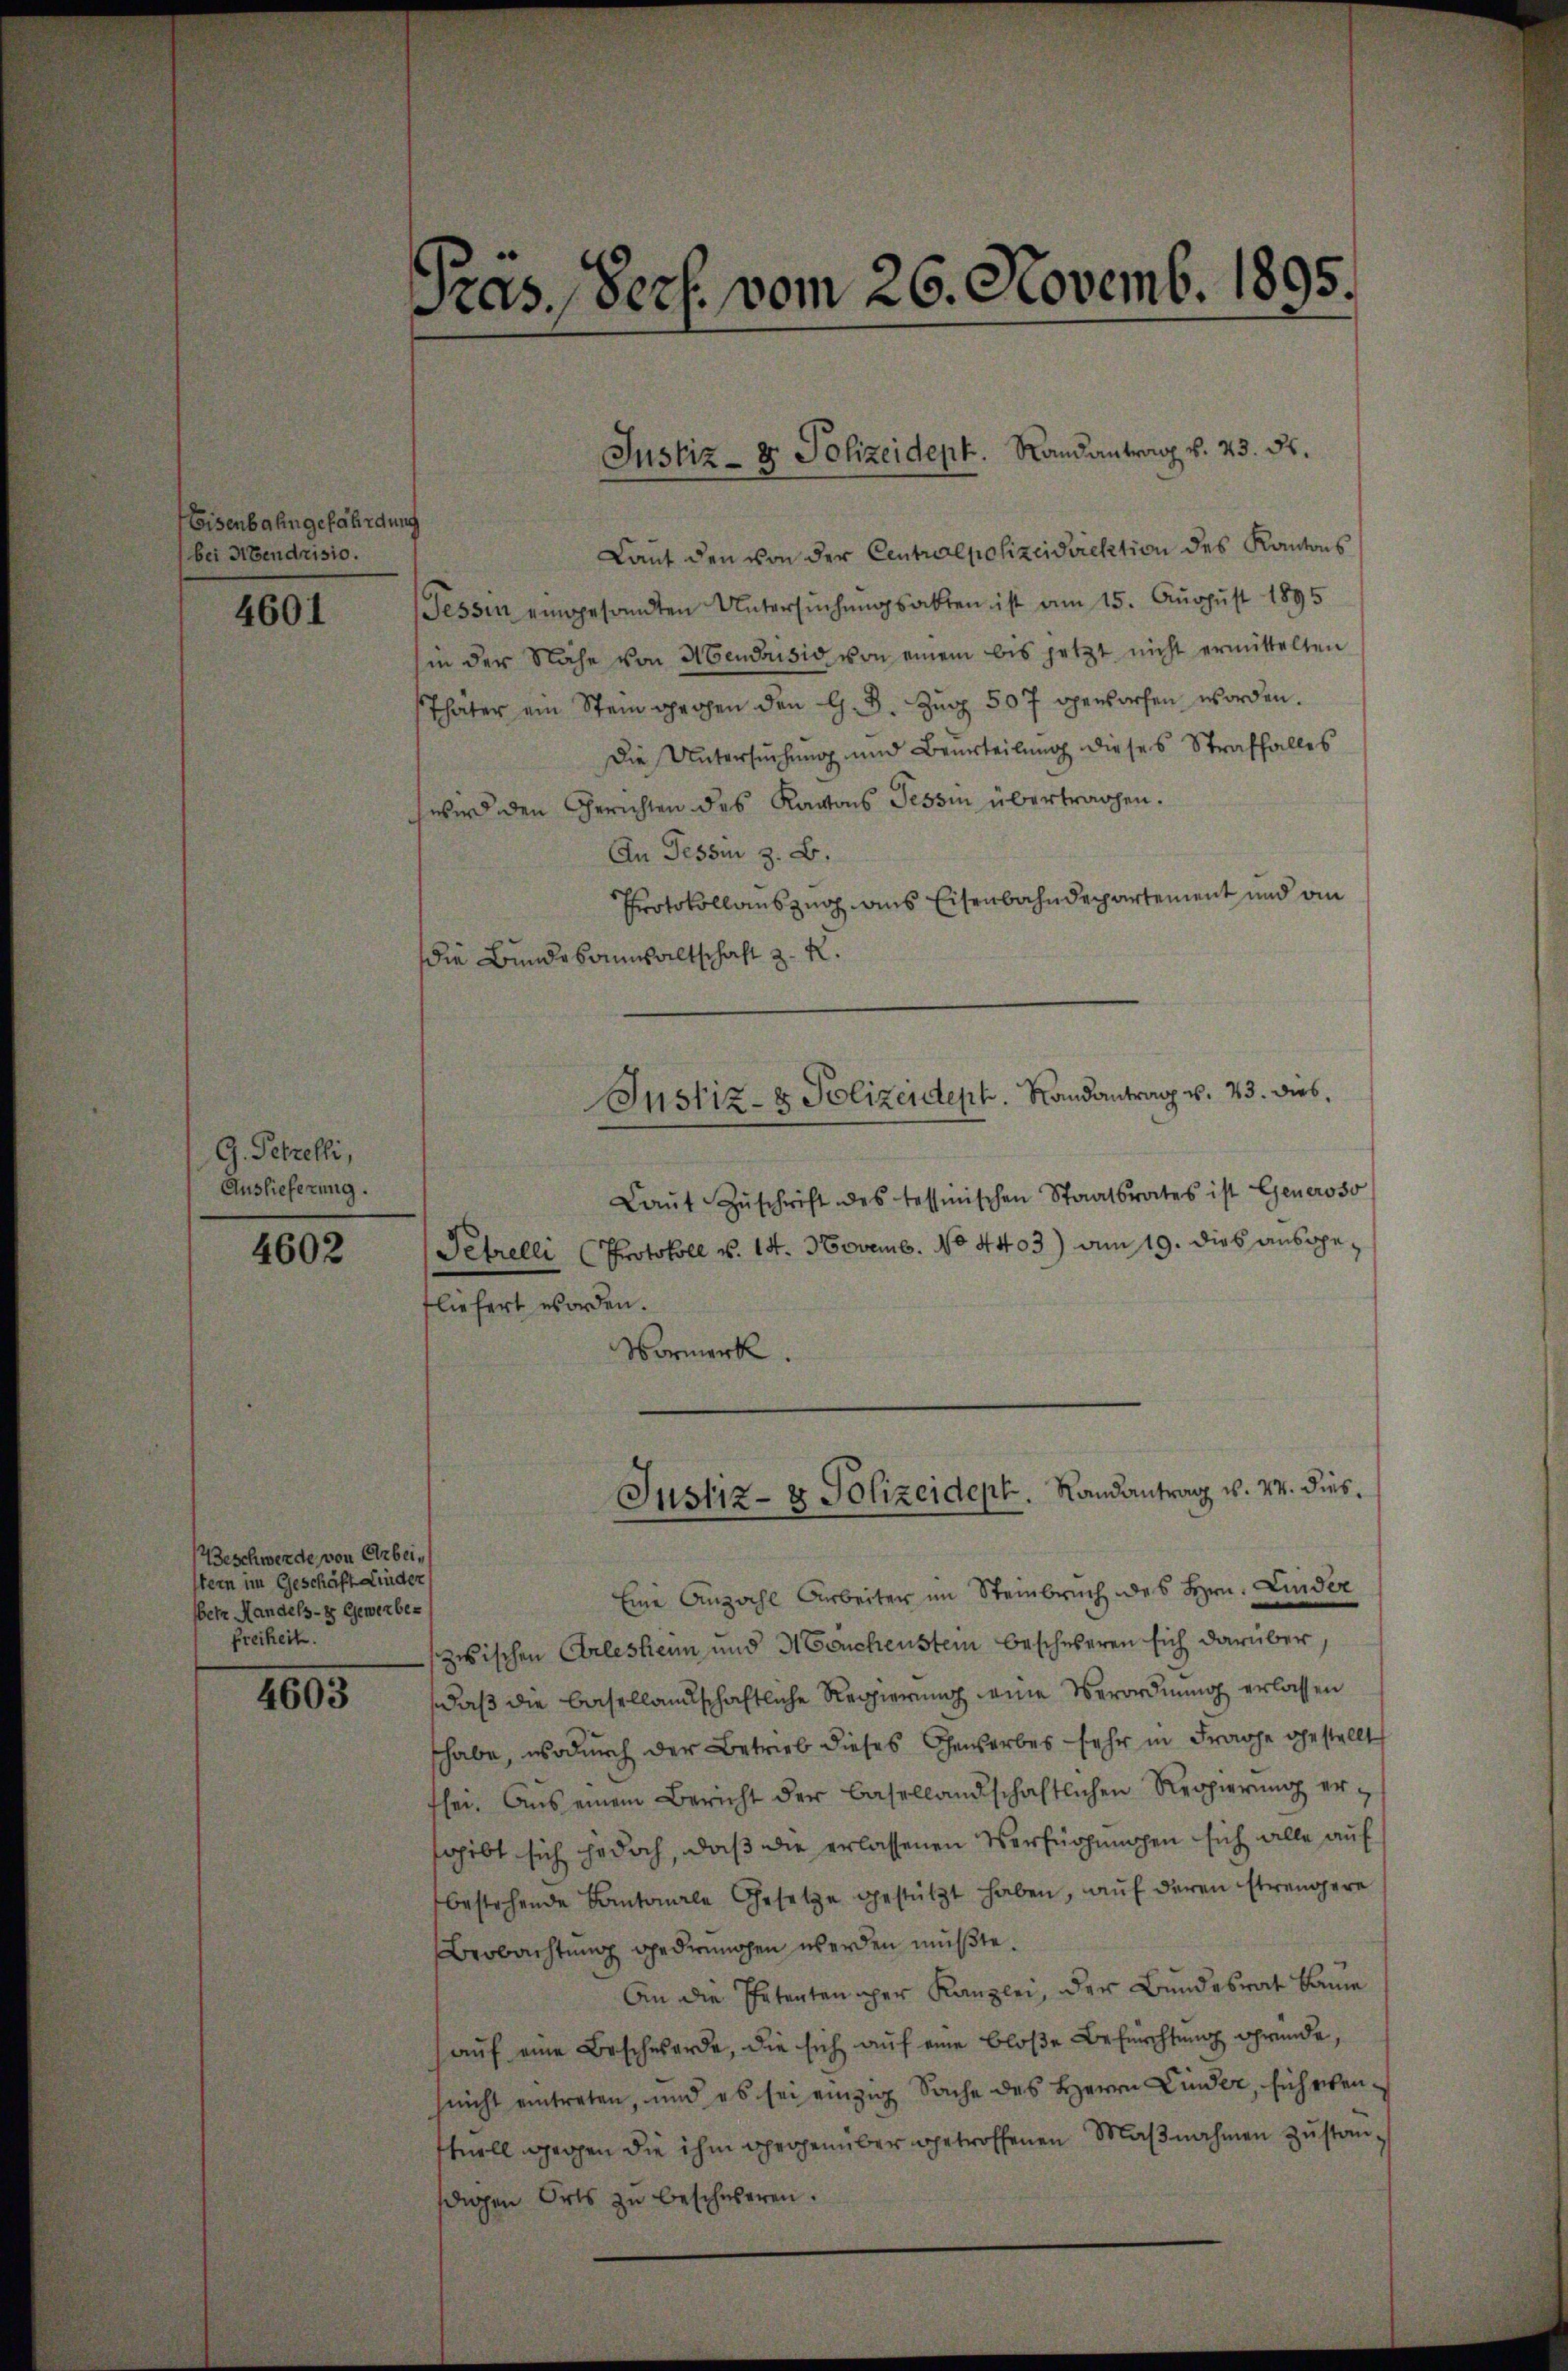
Eisenbahngefährdung
bei Abendrisio.
4601

G. Petrefli,
Auslieferung.

4602

(Beschwerde von Arbeitern im Geschäft Linder
etz Mandels- & Gewerbe-
freiheit.

4603

Pras. Pers. vom 26. Novemb. 1895.

Laut den von der Centralpolizeidirektion des Kantons
Tessin eingesandten Untersuchungsakten ist am 15. August 1895
in der Nähe von Mendrisio von einem bis jetzt nicht ermittelten
Thäter ein Stein gegen den G. B. Zug 507 geworfen worden.
Die Untersuchung und Beurteilung dieses Straffalles
chwerd den Gerichten des Kantons Tessin übertrachen.
An Tessin z. B.
Protokollauszug aus Eisenbahndepartement und an
die Bundesanwaltschaft z. R.
Laŭt Zŭschrift des tesseischen Staatsrates ist Generoso
Petrelli Protokoll v. 14. Novemb. No 4403) am 19. dies ausgefliefert worden.
Vormerk.
Justiz- & Polizeidept. Randantrag v. 24. dies¬
Eine Anzahl Arbeiter im Steinbruch des Hrn. Linder
zwischen Arleshenn und Meuchenstem beschweren sich darüber,
daß die Basellandschaftliche Regierung eine Verordnung erlassen
shabe, wodurch der Betrieb dieses Gewerbes sehr in Frage gestellt
Ehe. Aus einem Bericht der Basellandschaftlichen Regierŭng ersgibt sich jedoch, daß die erlassenen Verfügungen sich alle auf
bestehende Kantonale Gesetze gestützt haben, auf deren strengere
Beobachtung gedrohen werden müßte.
An die Petenten per Kanzlei, der Bundesrat Baume
auf eine Beschwerde, die sich auf eine bloße Befürchtung gründe,
hnicht eintreten, und es sei einzig Sache des Herrn Linder, sichetenhnell gegen die ihm gegenüber getroffenen Maßnahmen zustanhdigen Orts zu beschweren.

Justiz- & Polizeident. Randantrag v. 23. ds.

Justiz- & Polizeidept. Randantrag v. 23. dies,